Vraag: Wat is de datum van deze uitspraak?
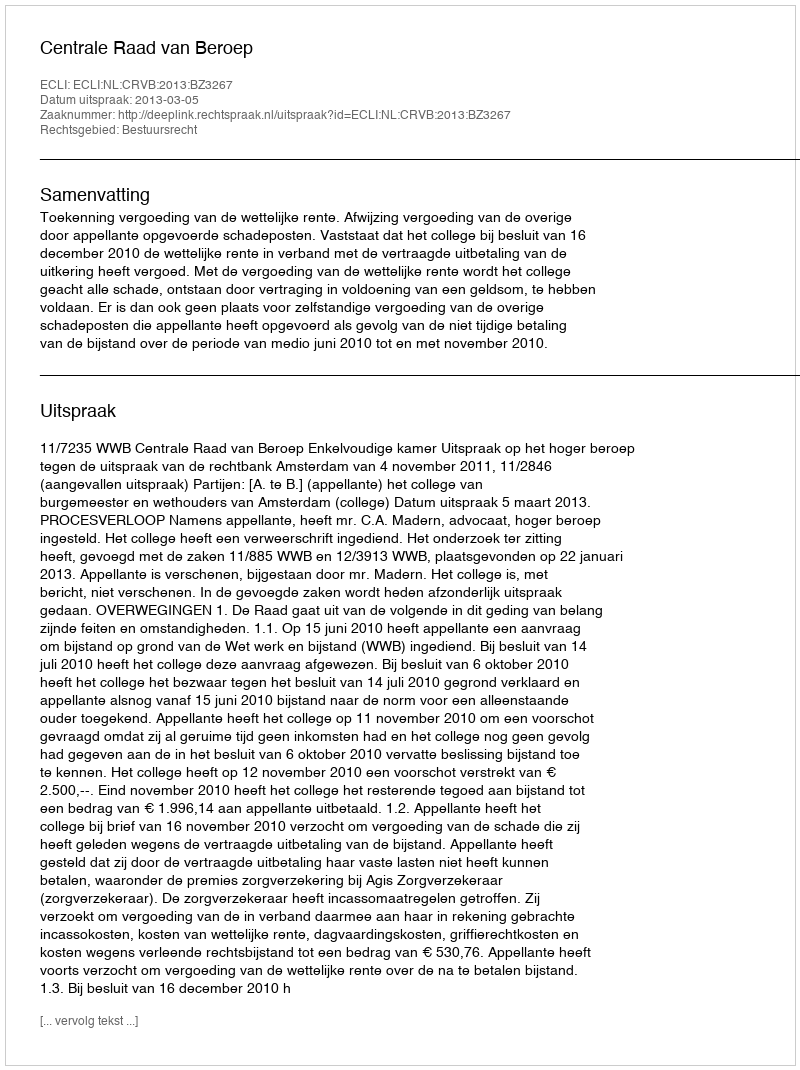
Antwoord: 2013-03-05